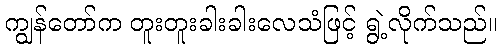
ကျွန်တော်က တူးတူးခါးခါးလေသံဖြင့် ရွဲ့လိုက်သည်။